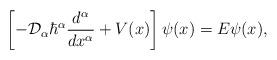
LaTeX: \begin{align*} \left[-{\cal D}_{\alpha}\hbar^{\alpha}\frac{d^{\alpha}}{dx^{\alpha}}+V(x)\right]\psi(x)=E\psi(x),\end{align*}